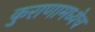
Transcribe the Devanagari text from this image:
कुराणामध्येच